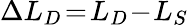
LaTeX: \Delta L_{D}\! =\! L_{D}\! -\! L_{S}